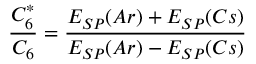
\frac { C _ { 6 } ^ { * } } { C _ { 6 } } = \frac { E _ { S P } ( A r ) + E _ { S P } ( C s ) } { E _ { S P } ( A r ) - E _ { S P } ( C s ) }